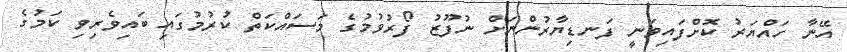
އޭނާ ހައްޔަރު ކޮށްފައިވަނީ ފަނޑިޔާރުންނަށް ނުފޫޒު ފޯރުވުމުގެ މަސައްކަތް ކުރުމުގައި ބައިވެރިވި ކަމުގެ